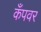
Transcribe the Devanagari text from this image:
कँपवर